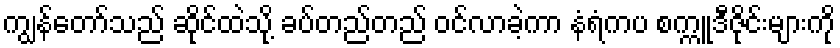
ကျွန်တော်သည် ဆိုင်ထဲသို့ ခပ်တည်တည် ဝင်လာခဲ့ကာ နံရံကပ စက္ကူဒီဇိုင်းများကို